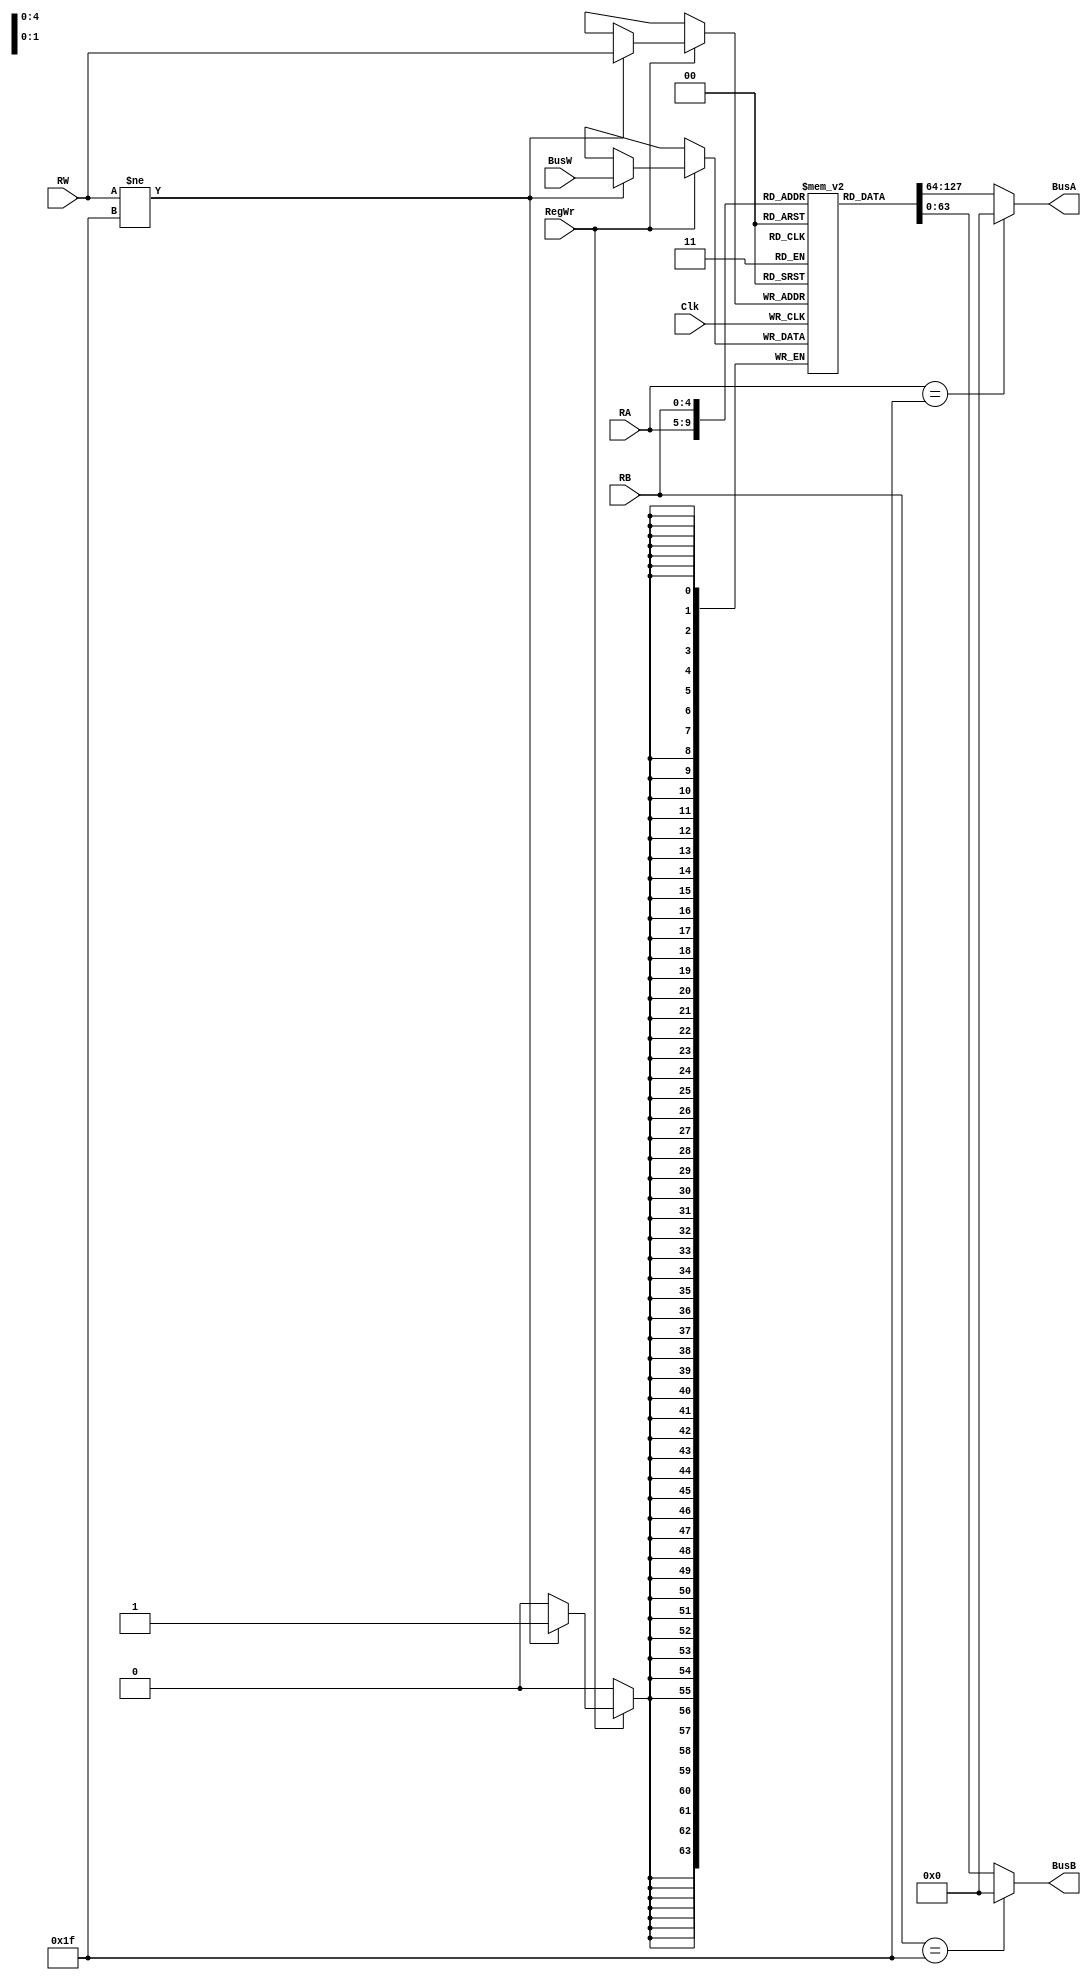
`timescale 1ns / 1ps

module RegisterFile(BusA, BusB, BusW, RW, RA, RB, RegWr, Clk);
    output [63:0] BusA;
    output [63:0] BusB;
    input [63:0] BusW;
    input [4:0] RW;
    input [4:0] RA;
    input [4:0] RB;
    input RegWr;
    input Clk;
    reg [63:0] registers [31:0];
     
    //assign #2 BusA = registers[RA];
    //assign #2 BusB = registers[RB];
    
    // use ternary operator to make A and B 0 when RA or RB 
    //assign BusA = RA || RB ? 0 : 1;
    //assign BusB = RA || RB ? 0 : 1;
     
    always @ (negedge Clk) begin
        if(RegWr)
            if (RW != 31) registers[RW] <= #3 BusW;
    end
    
    assign #2 BusA = RA == 31 ? 0 : registers[RA];
    assign #2 BusB = RB == 31 ? 0 : registers[RB];
    
    /*
    always (RA) begin
        if (RA == 31 #2 
            BusA = 0;
        else #2 
            BusA = registers[RA];
    end
    always (RB) begin
        if (RB == 31 #2 
            BusB = 0;
        else #2 
            BusB = registers[RB];
    end
    */
    
endmodule